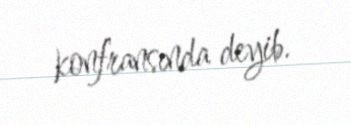
konfransında deyib.